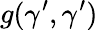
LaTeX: g(\gamma^{\prime},\gamma^{\prime})